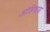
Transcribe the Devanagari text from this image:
ओहिवाड़ा